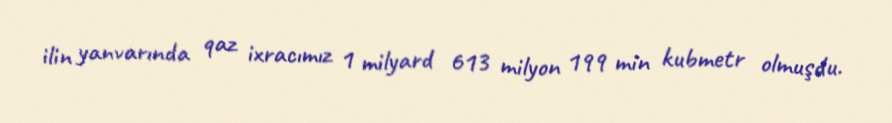
ilin yanvarında qaz ixracımız 1 milyard 613 milyon 199 min kubmetr olmuşdu.